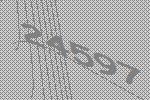
24597